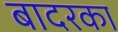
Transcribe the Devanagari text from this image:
बादरका